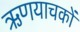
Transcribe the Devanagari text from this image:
ऋणयाचकों